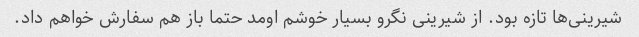
شیرینی‌ها تازه بود. از شیرینی نگرو بسیار خوشم اومد حتما باز هم سفارش خواهم داد.